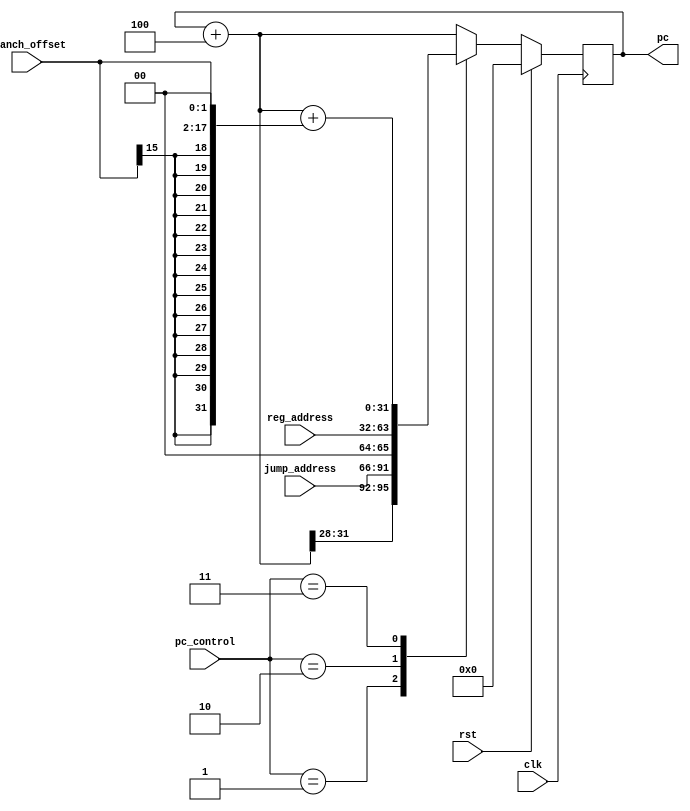
`timescale 1ns / 1ps

//Check Branch Offset
module program_counter
(
	clk,	//clock
	rst,
	pc,
	pc_control,
	jump_address,
	branch_offset,
	reg_address
);

	input				clk;
	input				rst;
	input				[2:0]	pc_control;
	input				[25:0]	jump_address;
	input				[15:0]	branch_offset;
	input				[31:0] 	reg_address;
	
    	output 	reg	[31:0] 	pc;
	
	reg		[31:0]	pc_plus_4;
	
	initial begin
		pc<=32'd0;
	end
    	always @(posedge clk)
	begin
		pc_plus_4 = pc + 4;
		if (rst)
		begin
			pc <= 32'd0;
		end
		else
		begin
			case (pc_control)
				3'b000 : pc <= pc_plus_4;
				3'b001 : pc <= {pc_plus_4[31:28], jump_address, 2'b00};
				3'b010 : pc <= reg_address;
				3'b011 : pc <= pc_plus_4 + { {14{branch_offset[15]}}, branch_offset[15:0],  2'b00  };
				default: pc <= pc_plus_4;
			endcase
		end
		
	end
	
 endmodule